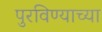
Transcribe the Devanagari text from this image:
पुरविण्याच्या